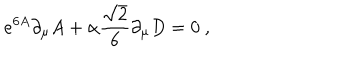
e ^ { 6 A } \partial _ { \mu } A + \alpha { \frac { \sqrt { 2 } } { 6 } } \partial _ { \mu } D = 0 \ ,